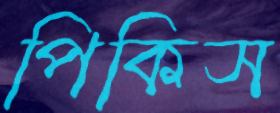
পিকিস